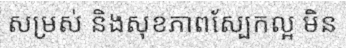
សម្រស់ និងសុខភាពស្បែកល្អ មិន